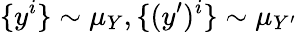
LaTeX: \{ y^{i}\} \sim\mu_{Y},\{ (y^{\prime})^{i}\} \sim\mu_{Y^{\prime}}